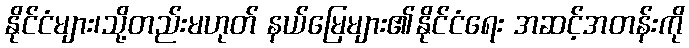
နိုင်ငံများ၊သို့တည်းမဟုတ် နယ်မြေများ၏နိုင်ငံရေး အဆင့်အတန်းကို